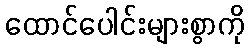
ထောင်ပေါင်းများစွာကို